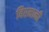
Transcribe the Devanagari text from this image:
बिरमानी